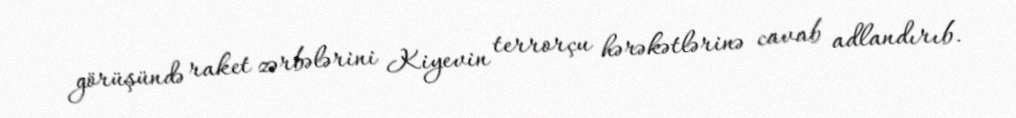
görüşündə raket zərbələrini Kiyevin terrorçu hərəkətlərinə cavab adlandırıb.